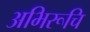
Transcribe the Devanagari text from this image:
अभिरूचि